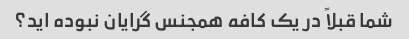
شما قبلاً در یک کافه همجنس گرایان نبوده اید؟